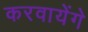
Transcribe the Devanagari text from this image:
करवायेंगे